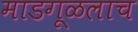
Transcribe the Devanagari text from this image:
माडगूळलाच